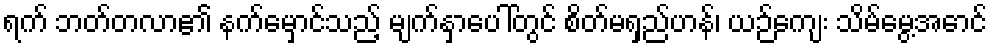
ရက် ဘတ်တလာ၏ နက်မှောင်သည့် မျက်နှာပေါ်တွင် စိတ်မရှည်ဟန်၊ ယဉ်ကျေး သိမ်မွေ့အောင်